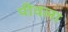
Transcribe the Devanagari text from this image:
पीवला